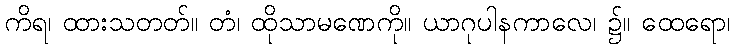
ကိရ၊ ထားသတတ်။ တံ၊ ထိုသာမဏေကို။ ယာဂုပါနကာလေ၊ ၌။ ထေရော၊